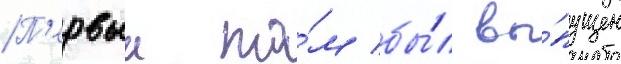
П'ервыи то́м бы́л вы́пущен